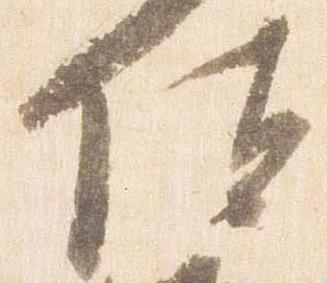
位